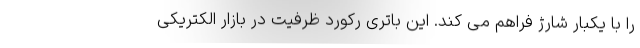
را با یکبار شارژ فراهم می کند. این باتری رکورد ظرفیت در بازار الکتریکی